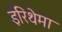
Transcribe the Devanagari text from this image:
इरिथेमा